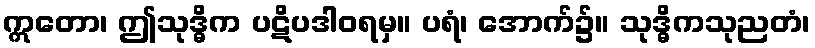
ဣတော၊ ဤသုဒ္ဓိက ပဋိပဒါဝရမှ။ ပရံ၊ အောက်၌။ သုဒ္ဓိကသုညတံ၊